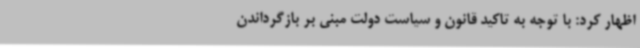
اظهار کرد: با توجه به تاکید قانون و سیاست دولت مبنی بر بازگرداندن